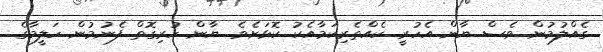
ގެއްލުމުން ވެސް ޔާން އެހުރީ ކެއްތެރިކަމާއެކު ކޮޅަށެވެ. ޔާން ހުރިގޮތް ފެނުމުން ހަލީމާގެ